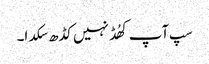
سپ آپ کھُڈ نہیں کڈھ سکدا۔